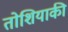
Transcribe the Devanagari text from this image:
तोशियाकी